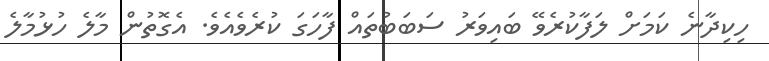
ހިކިދާނެ ކަމަށް ލަފާކުރެވޭ ބައިވަރު ސަބަބުތައް ފާހަގަ ކުރެވެއެވެ. އެގޮތުން މާލެ ހުޅުމާލެ